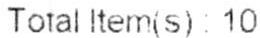
TOTAL ITEM(S): 10